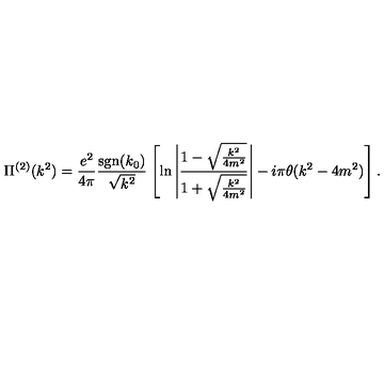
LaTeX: \Pi ^ { ( 2 ) } ( k ^ { 2 } ) = \frac { e ^ { 2 } } { 4 \pi } \frac { \mathrm { s g n } ( k _ { 0 } ) } { \sqrt { k ^ { 2 } } } \left[ \ln \left| \frac { 1 - \sqrt { \frac { k ^ { 2 } } { 4 m ^ { 2 } } } } { 1 + \sqrt { \frac { k ^ { 2 } } { 4 m ^ { 2 } } } } \right| - i \pi \theta ( k ^ { 2 } - 4 m ^ { 2 } ) \right] .